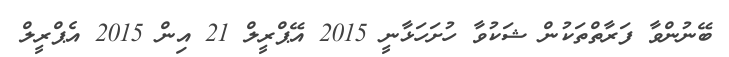
ބޭނުންވާ ފަރާތްތަކުން ޝަކުވާ ހުށަހަޅާނީ 2015 އޭޕްރީލް 21 އިން 2015 އެޕްރީލް